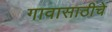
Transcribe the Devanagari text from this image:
गावासाठीचे